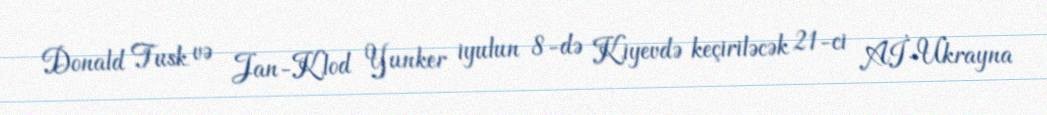
Donald Tusk və Jan-Klod Yunker iyulun 8-də Kiyevdə keçiriləcək 21-ci Aİ-Ukrayna